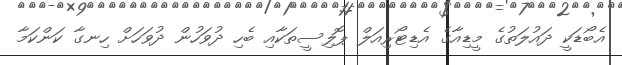
އެބޯޑަކީ ދައުލަތުގެ މީޑިއާގެ އެޑިޓޯރިއަލް ޕޮލިސީތަކާއި ބެހި ދުވަހުން ދުވަހަށް ހިނގާ ކަންކަމާ